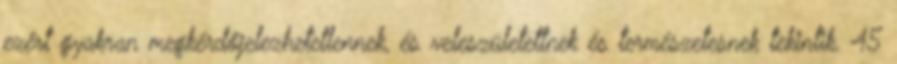
ezért gyakran megkérdőjelezhetetlennek, és veleszületettnek és természetesnek tekintik. 45